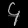
Digit: ၄